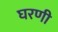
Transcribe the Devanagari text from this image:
घरणी